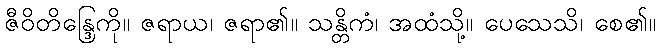
ဇီဝိတိန္ဒြေကို။ ဇရာယ၊ ဇရာ၏။ သန္တိကံ၊ အထံသို့။ ပေသေသိ၊ စေ၏။